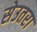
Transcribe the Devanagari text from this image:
सेउतरा